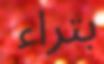
بتراء